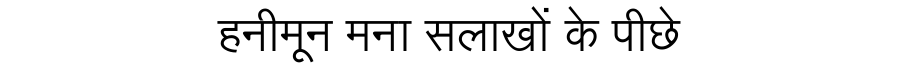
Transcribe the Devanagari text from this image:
हनीमून मना सलाखों के पीछे